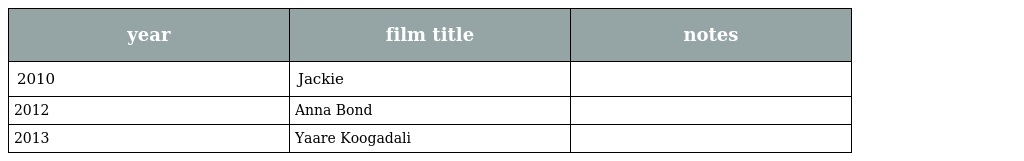
| year | film title | notes |
 | --- | --- | --- |
 | 2010 | Jackie |  |
 | 2012 | Anna Bond |  |
 | 2013 | Yaare Koogadali |  |